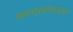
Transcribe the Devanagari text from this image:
कलासंपादक